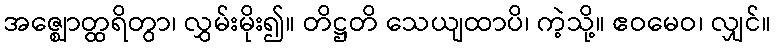
အဇ္ဈောတ္ထရိတွာ၊ လွှမ်းမိုး၍။ တိဋ္ဌတိ သေယျထာပိ၊ ကဲ့သို့။ ဧဝမေဝ၊ လျှင်။